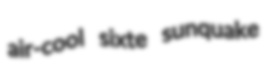
air-cool sixte sunquake